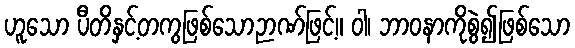
ဟူသော ပီတိနှင့်တကွဖြစ်သောဉာဏ်ဖြင့်။ ဝါ၊ ဘာဝနာကိုစွဲ၍ဖြစ်သော